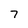
Character: 7